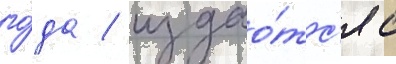
го́да / издао́тс'я с